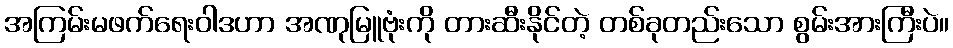
အကြမ်းမဖက်ရေးဝါဒဟာ အဏုမြူဗုံးကို တားဆီးနိုင်တဲ့ တစ်ခုတည်းသော စွမ်းအားကြီးပဲ။